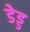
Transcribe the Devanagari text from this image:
डेड्ड